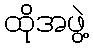
ထိုအဖွဲ့